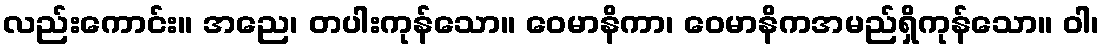
လည်းကောင်း။ အညေ၊ တပါးကုန်သော။ ဝေမာနိကာ၊ ဝေမာနိကအမည်ရှိကုန်သော။ ဝါ၊